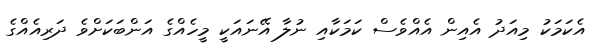
އެކަމަކު މިއަދު އެއިން އެއްވެސް ކަމަކާއި ނުލާ އޭނައަކީ މީހެއްގެ އަންބަކަށްވެ ދަރިއެއްގެ